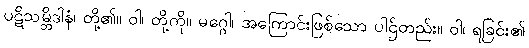
ပဋိသမ္ဘိဒါနံ၊ တို့၏။ ဝါ၊ တို့ကို။ မဂ္ဂေါ၊ အကြောင်းဖြစ်သော ပါဌ်တည်း။ ဝါ၊ ရခြင်း၏